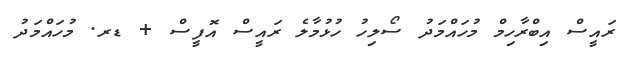
ރައީސް އިބްރާހިމް މުހައްމަދު ސޯލިހު ހުޅުމާލެ ރައީސް އޮފީސް + ޑރ. މުހައްމަދު